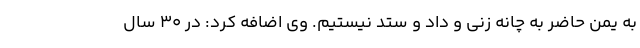
به یمن حاضر به چانه زنی و داد و ستد نیستیم. وی اضافه کرد: در ۳۰ سال